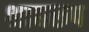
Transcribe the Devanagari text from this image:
श्राद्यरूप